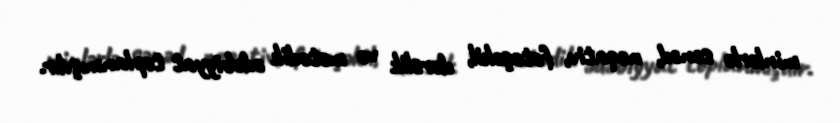
minlərlə sənəd, neqativ, fotoşəkil, dərslik və metodik ədəbiyyat toplanmışdır.